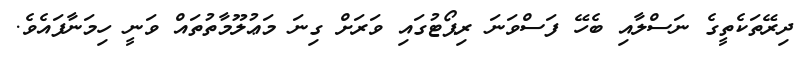
ދިރޭތަކެތީގެ ނަސްލާއި ބެހޭ ފަސްވަނަ ރިޕޯޓުގައި ވަރަށް ގިނަ މަޢުލޫމާތުތައް ވަނީ ހިމަނާފައެވެ.